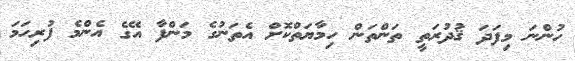
ހުންނަ މިފަދަ ޤުދުރަތީ ތަންތަން ހިމާޔަތްކޮށް އެތަނުގެ މަންފާ އޭގެ އެންމެ ފުރިހަމަ